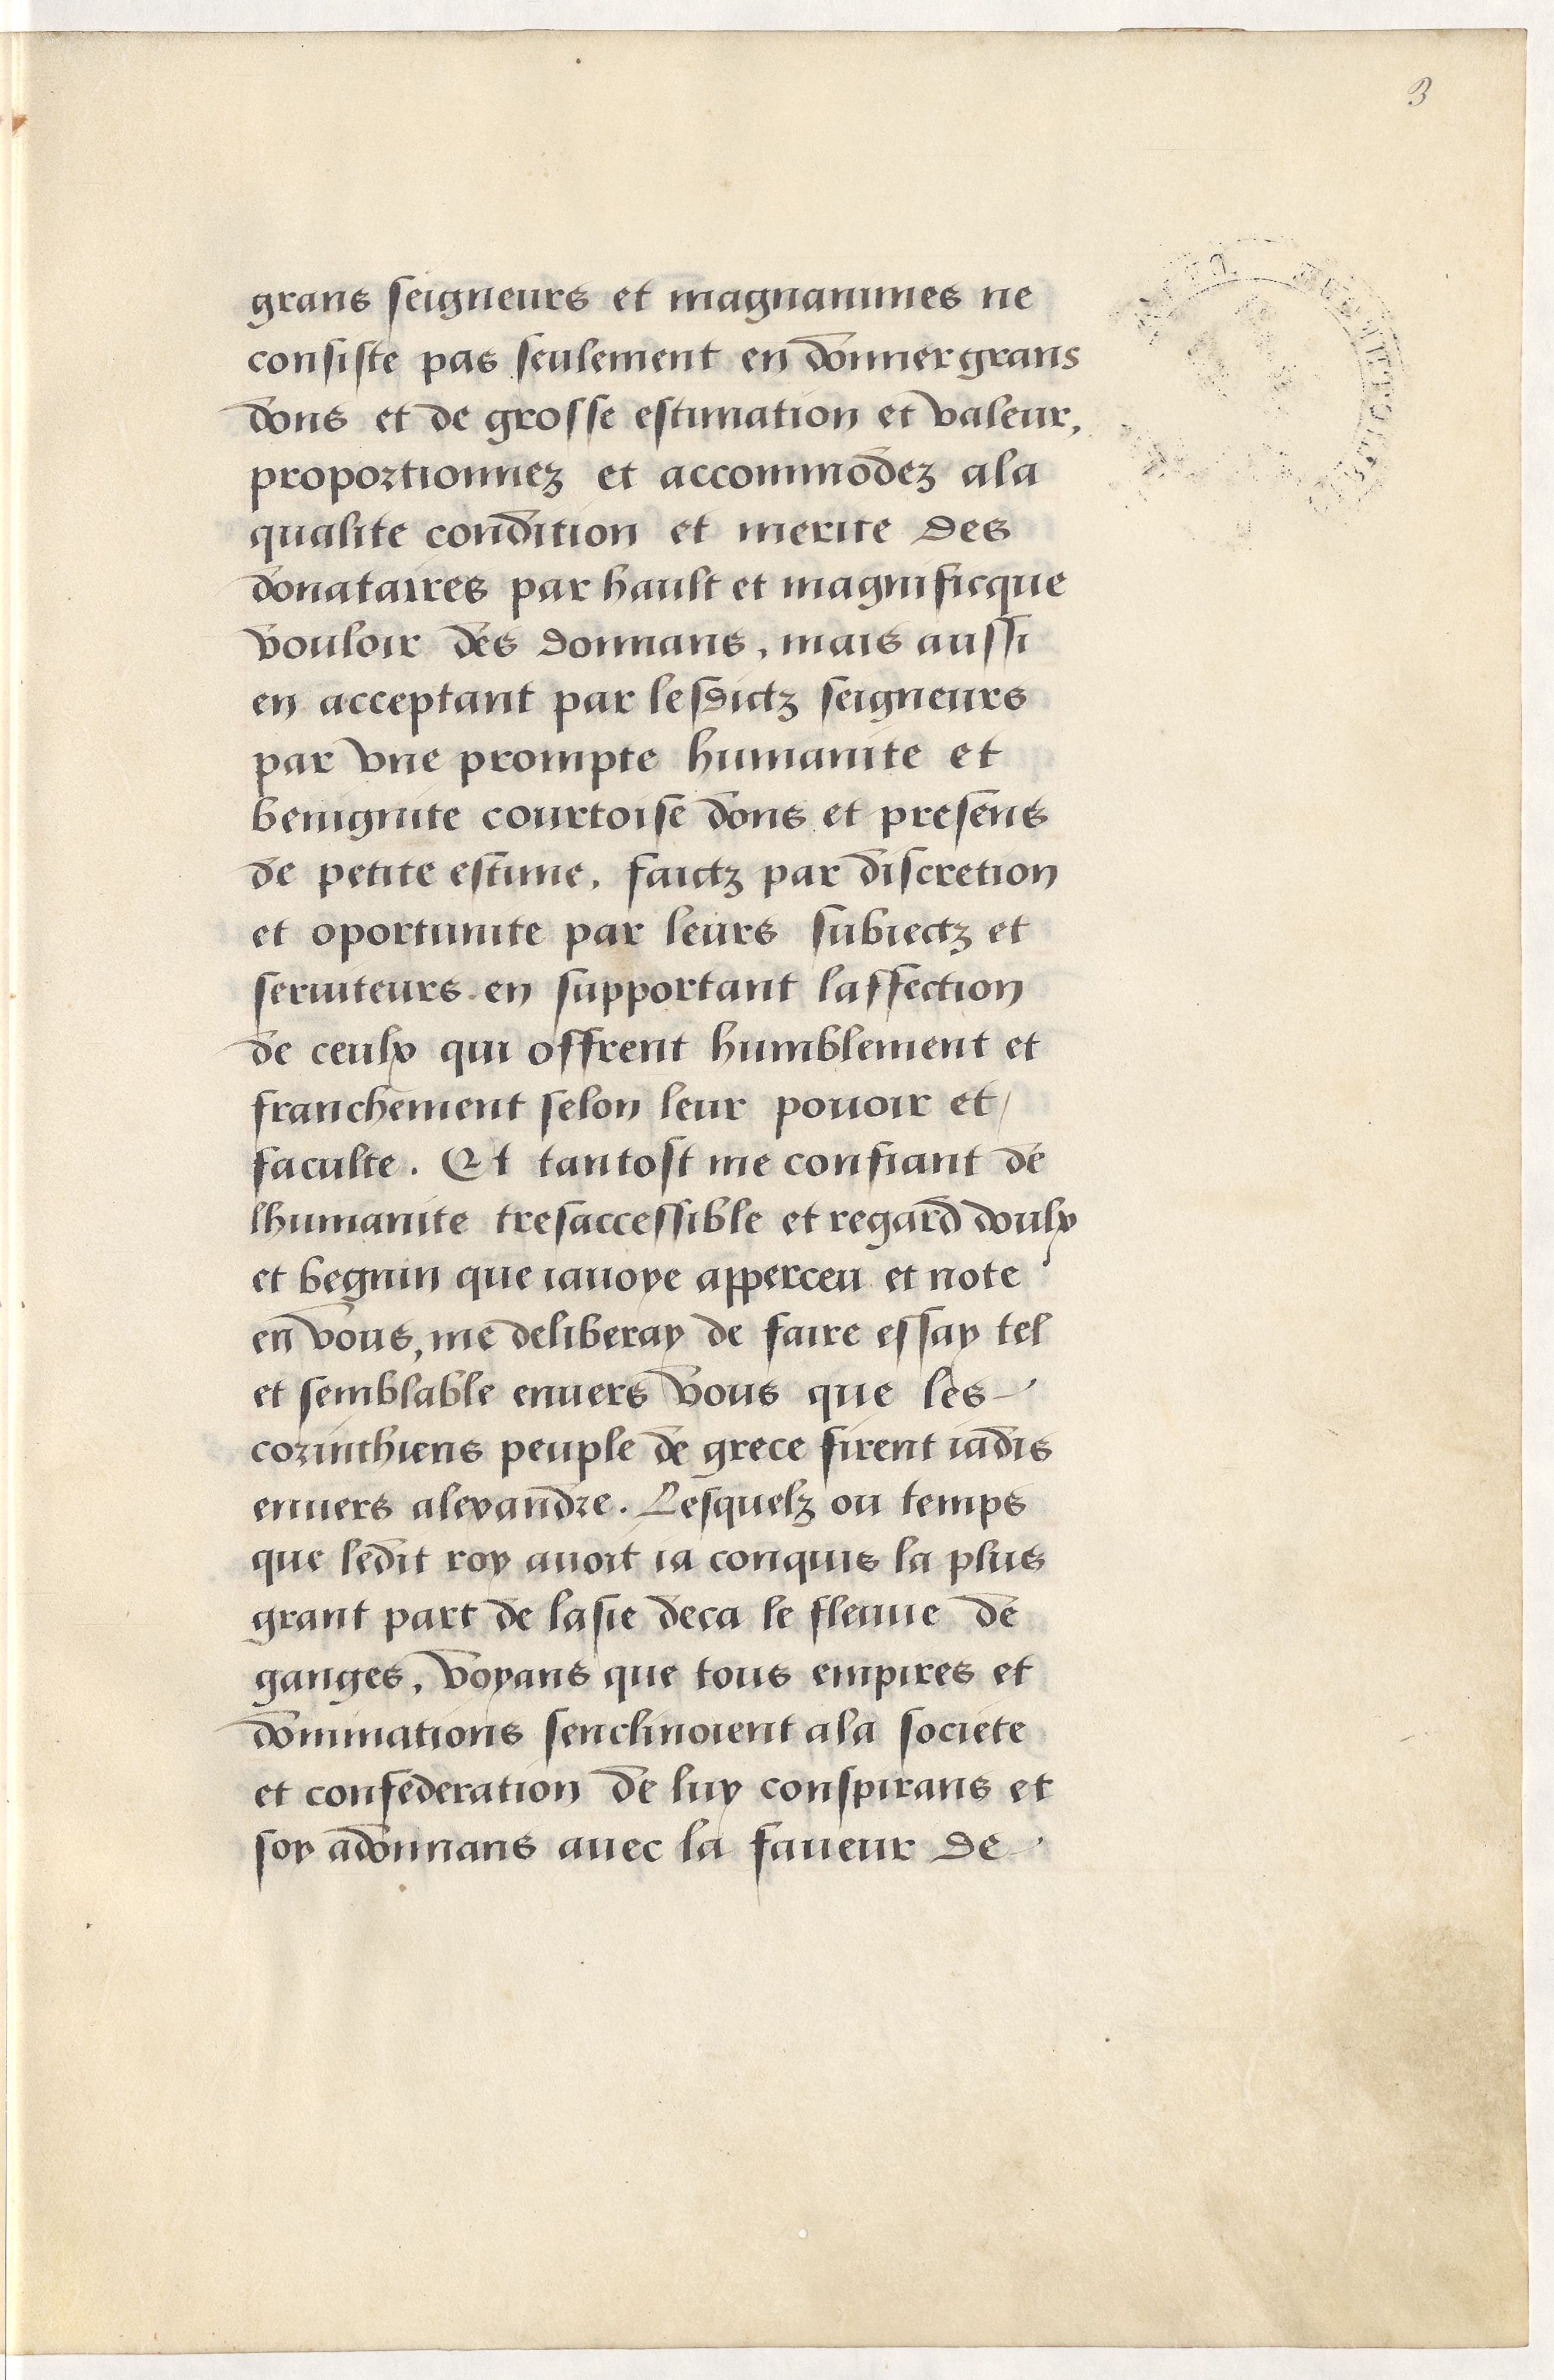
Shelfmark: Paris, BnF, Arsenal, 5103
Century: 15